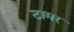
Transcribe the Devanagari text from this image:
टामर